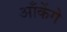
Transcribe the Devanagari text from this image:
आँकेंगे